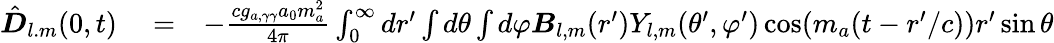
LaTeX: \begin{array}{rlr}{{\hat{\boldsymbol D}}_{l.m}(0,t)}&{{}=}&{-\frac{cg_{a,\gamma\gamma}a_{0}m_{a}^{2}}{4\pi}\int_{0}^{\infty}dr^{\prime}\int d\theta\int d\varphi\boldsymbol B_{l,m}(r^{\prime})Y_{l,m}(\theta^{\prime},\varphi^{\prime})\cos(m_{a}(t-r^{\prime}/c))r^{\prime}\sin\theta}\end{array}